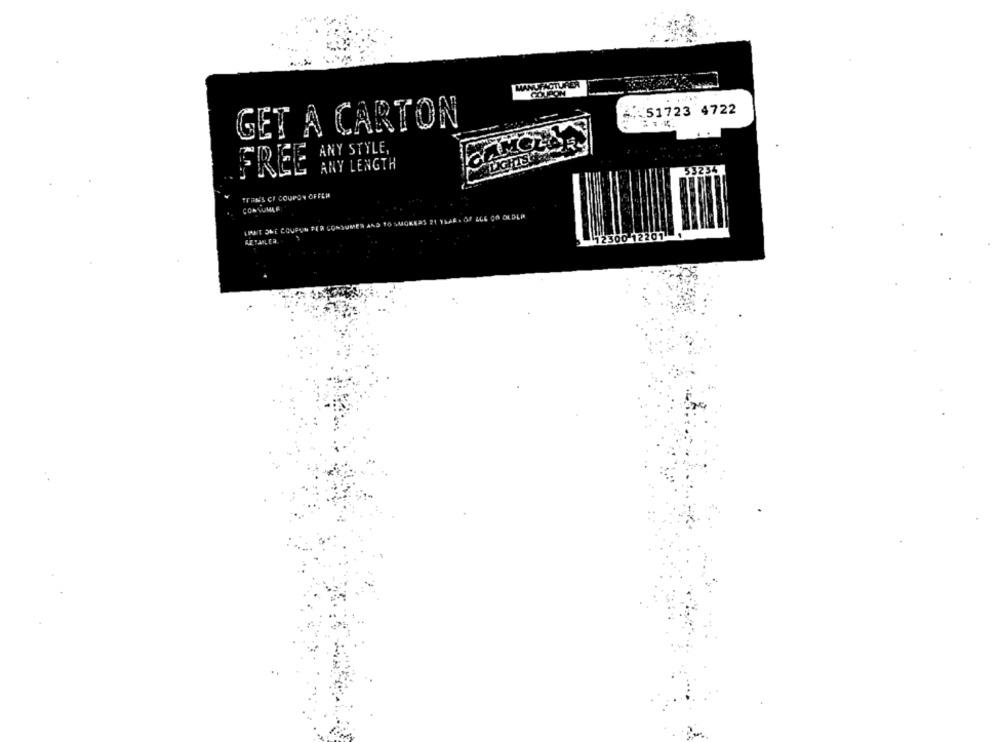
MANUFACTURER
COTION
6. 51723 4722
GET A CARTON
ANY STYLE,
532
FREE ANY LENGTH
TRANS CI COUPON OFFER
CONSUMLE
OF LGE CO OLDLP
$ 21 YAAl .
LIMIT SHE COUPON PER CONSUMER
12300 12201 1